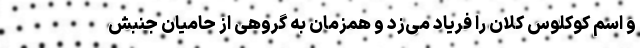
و اسم کوکلوس کلان را فریاد می‌زد و همزمان به گروهی از حامیان جنبش